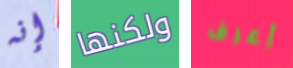
إنه ولكنها أعرف